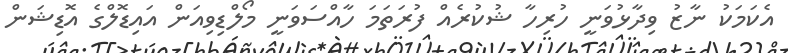
އެކަމަކު ނާޒު ވިދާޅުވަނީ ހުރިހާ ޝުކުރެއް ފުރަތަމަ ހާއްސަވަނީ މޯލްޑިވިއަން އައިޑޮލްގެ އޮޑިޝަން